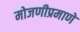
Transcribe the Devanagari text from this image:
मोजणीप्रमाणे